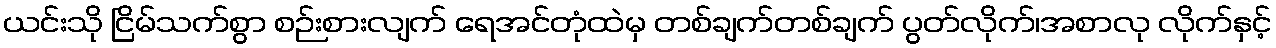
ယင်းသို ငြိမ်သက်စွာ စဉ်းစားလျက် ရေအင်တုံထဲမှ တစ်ချက်တစ်ချက် ပွတ်လိုက်၊အစာလု လိုက်နှင့်